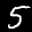
Label: 5